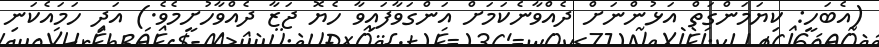
(އެބަހީ: ކިޔަމަންގަތް އަޅުންނަށް ދެއްވާނެކަމަށް އަންގަވާފައިވާ ހެޔޮ ޖަޒާ ދެއްވާހުށީމެވެ.) އަދި ހަމައެކަނި